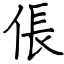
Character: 倀